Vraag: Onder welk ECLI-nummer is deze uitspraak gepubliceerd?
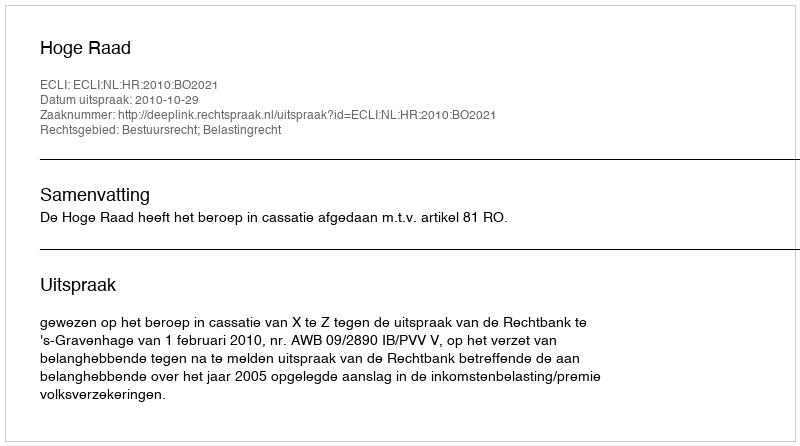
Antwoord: ECLI:NL:HR:2010:BO2021